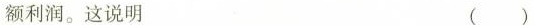
额利润。这说明 ()